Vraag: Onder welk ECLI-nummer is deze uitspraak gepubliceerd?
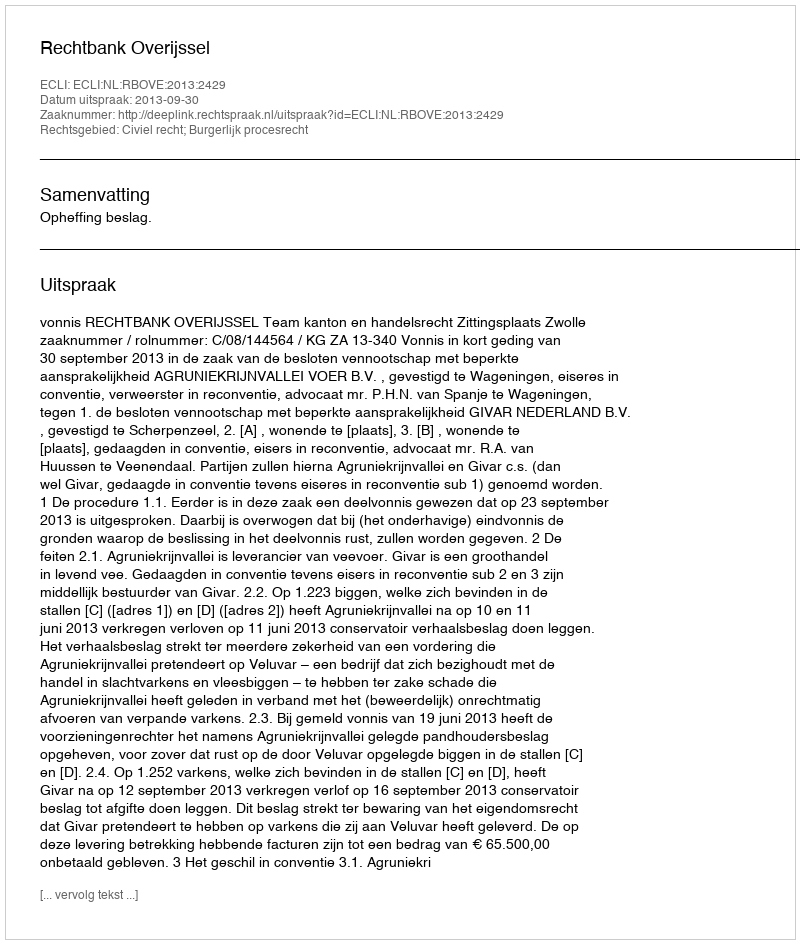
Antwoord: ECLI:NL:RBOVE:2013:2429